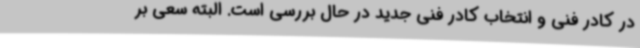
در کادر فنی و انتخاب کادر فنی جدید در حال بررسی است. البته سعی بر